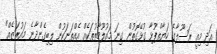
އަދި މިއީ ރަސޫލާގެ ހަޔާތްޕުޅާ ގުޅޭގޮތުން ގިނަ މައުލޫމާތުތަކެއް އެއްތަނަކުން ލިބިގެންދާނެ މައުރަޒެއް"